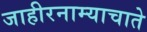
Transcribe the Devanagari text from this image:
जाहीरनाम्याचाते